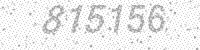
Solution: 815156